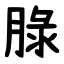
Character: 䐂